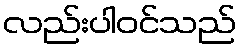
လည်းပါဝင်သည်